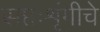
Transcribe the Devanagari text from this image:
सप्तःशृंगीचे